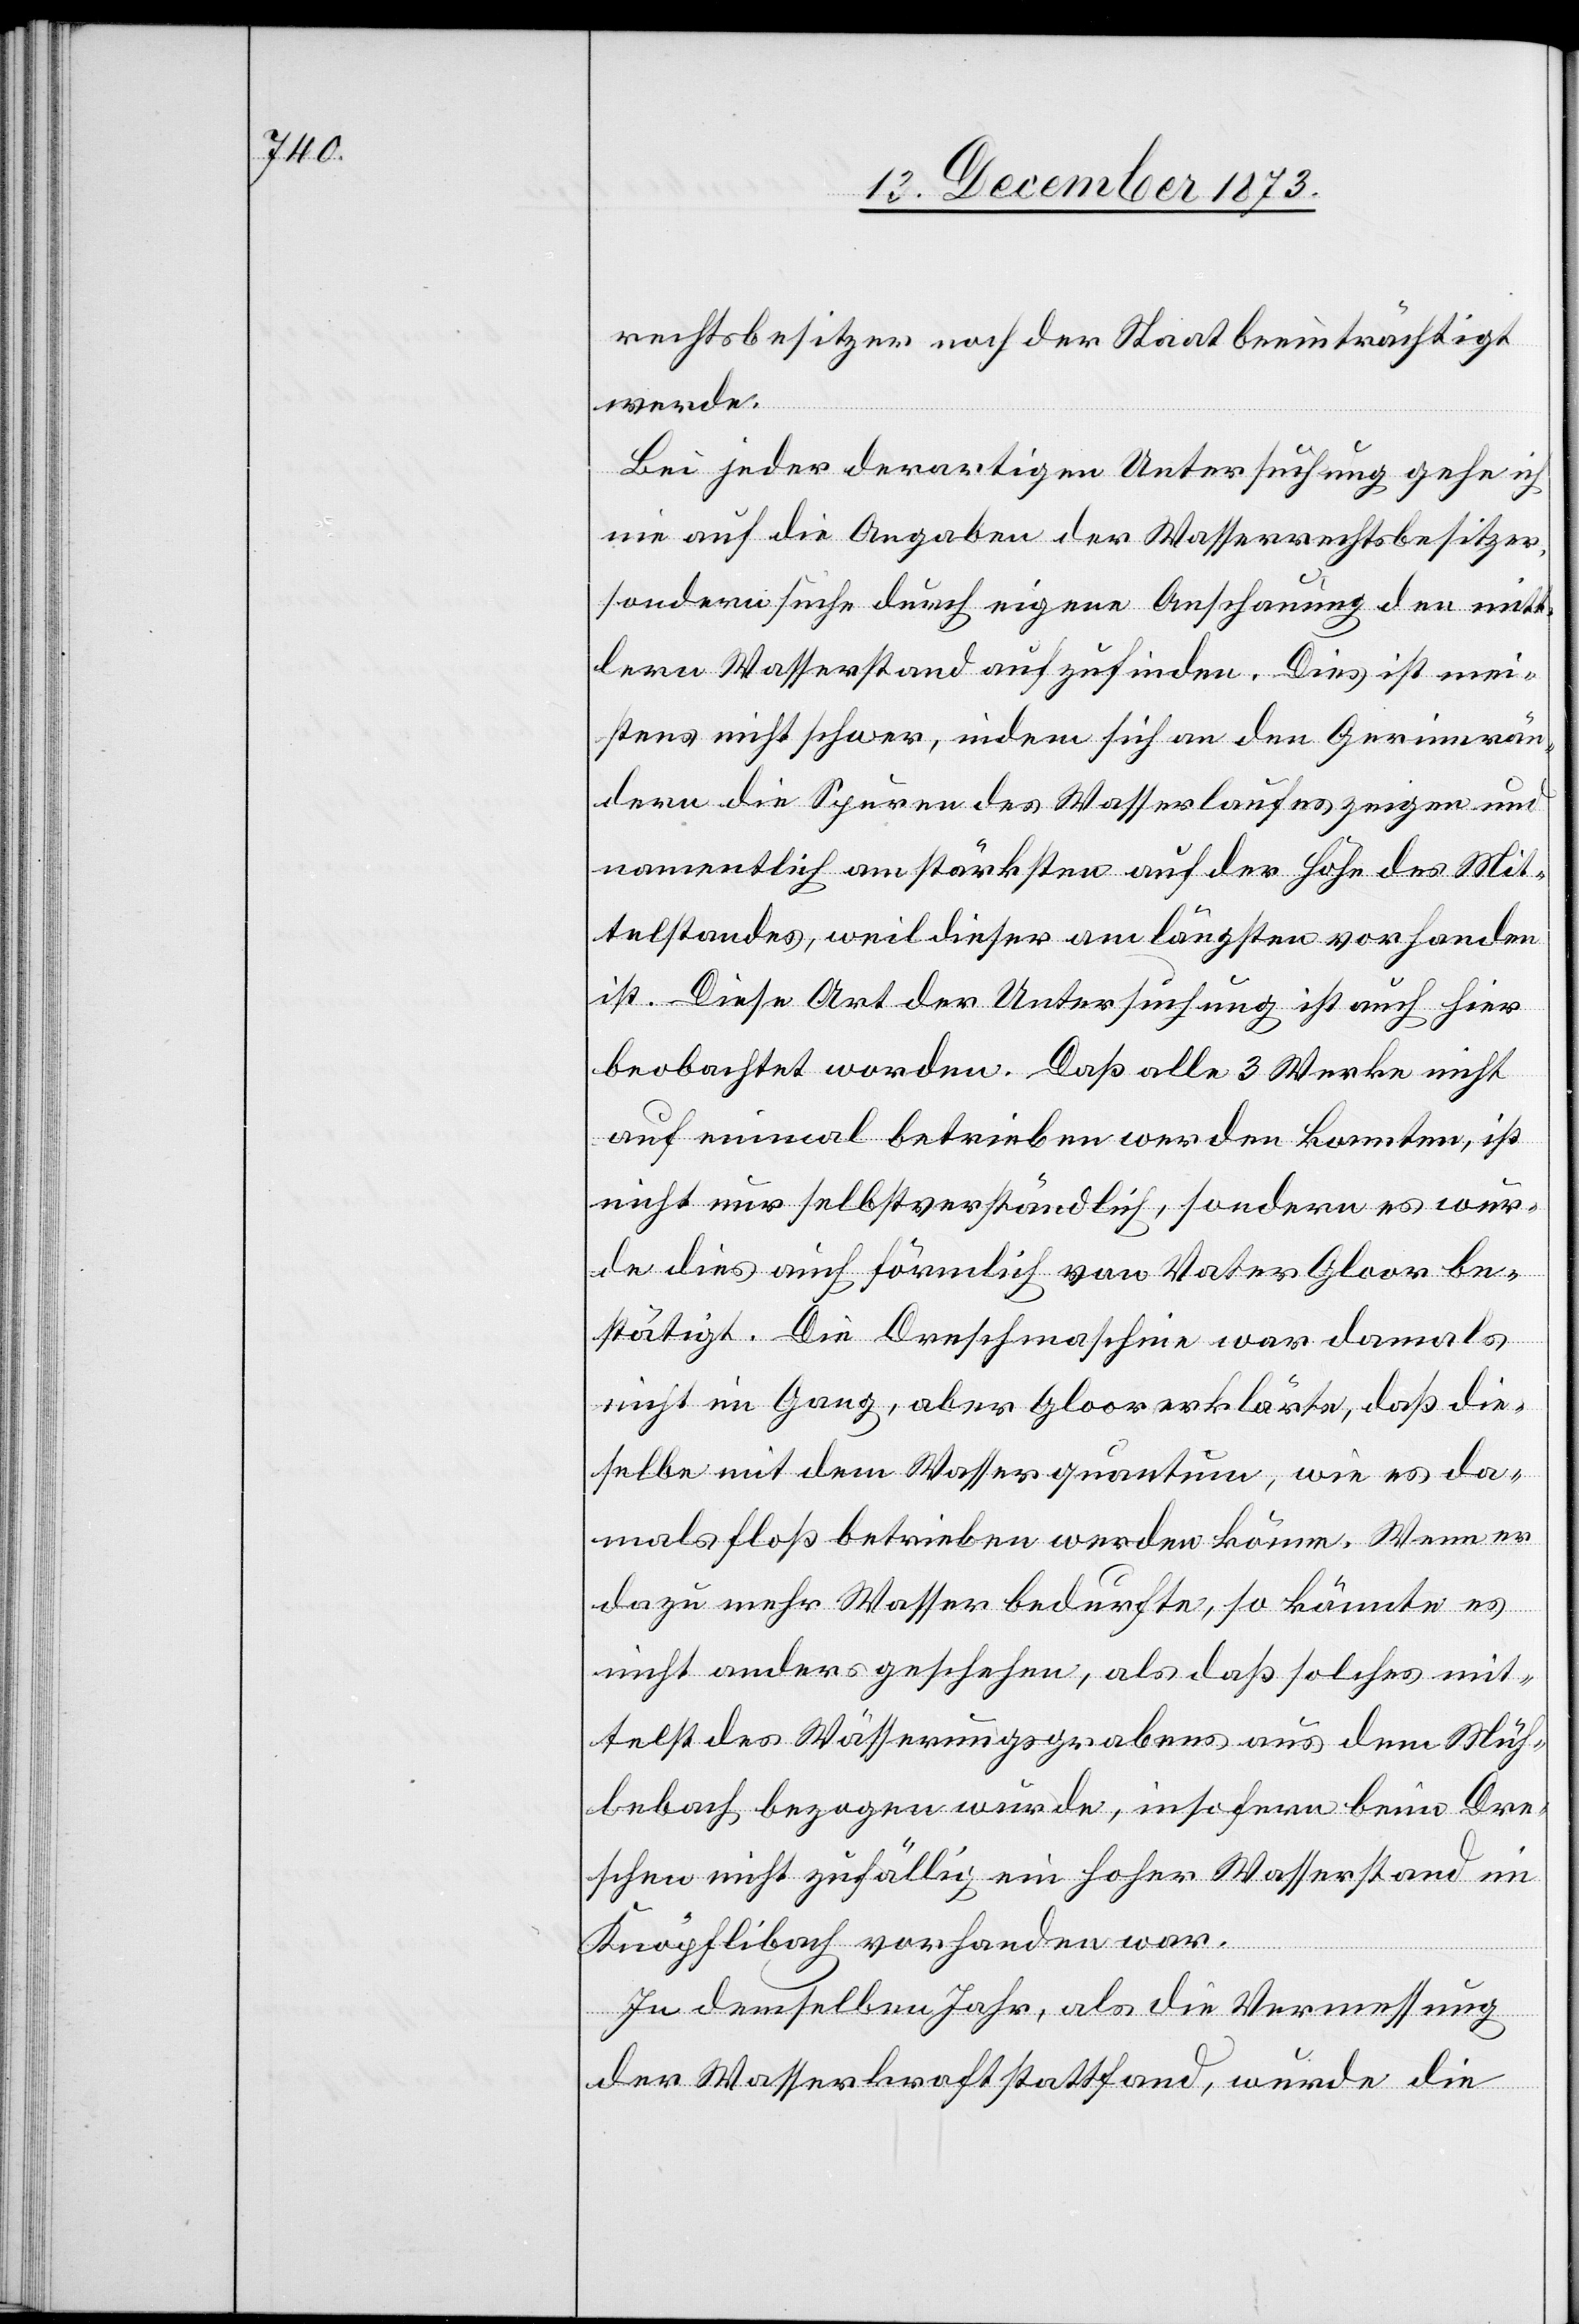
rechtsbesitzer noch der Staat beeinträchtigt
werde.
Bei jeder derartigen Untersuchung gehe ich
nie auf die Angaben der Wasserrechtsbesitzer,
sondern suche durch eigene Anschauung den mitt¬
lern Wasserstand aufzufinden. Dies ist mei¬
stens nicht schwer, indem sich an den Gerinnrän¬
dern die Spuren des Wasserlaufes zeigen und
namentlich am stärksten auf der Höhe des Mit¬
telstandes, weil dieser am längsten vorhanden
ist. Diese Art der Untersuchung ist auch hier
beobachtet worden. Daß alle 3 Werke nicht
auf einmal betrieben werden konnten, ist
nicht nur selbstverständlich, sondern es wur¬
de dies auch förmlich von Vater Gloor be¬
stätigt. Die Dreschmaschine war damals
nicht im Gang, aber Gloor erklärte, daß die¬
selbe mit dem Wasserquantum, wie es da¬
mals floß betrieben werden könne. Wenn er
dazu mehr Wasser bedurfte, so könnte es
nicht anders geschehen, als daß solches mit¬
telst des Wässerungsgrabens aus dem Müh¬
lebach bezogen wurde, insofern beim Dre¬
schen nicht zufällig ein hoher Wasserstand im
Knöpflibach vorhanden war.
In demselben Jahr, als die Vermessung
der Wasserkraft stattfand, wurde die